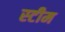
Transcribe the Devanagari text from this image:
स्‍टीम